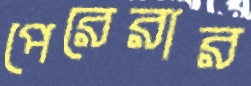
পেরেরার